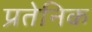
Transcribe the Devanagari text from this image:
प्रतेनिक